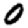
Digit: 0